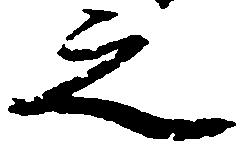
之